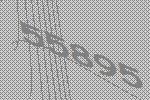
55895